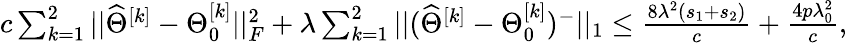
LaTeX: \begin{array}{r}{c\sum_{k=1}^{2}||\widehat{\Theta}^{[k]}-\Theta_{0}^{[k]}||_{F}^{2}+\lambda\sum_{k=1}^{2}||(\widehat{\Theta}^{[k]}-\Theta_{0}^{[k]})^{-}||_{1}\leq\frac{8\lambda^{2}(s_{1}+s_{2})}{c}+\frac{4p\lambda_{0}^{2}}{c},}\end{array}